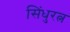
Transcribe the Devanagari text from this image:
सिंधुरत्न